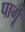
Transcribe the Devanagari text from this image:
पार्गू